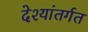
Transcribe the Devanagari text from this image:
देश्यांतर्गत